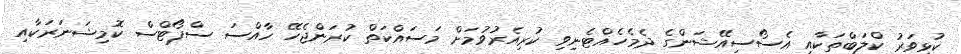
ކުޅިވަރު ކްލަބްތަކާއި އެސޯސިއޭޝަންގެ ދެމެހެއްޓެނިވި ކުރިއެރުވުމަށް މަސައްކަތް ކުރަންޖެހޭ ހާއްސަ ސްޕޯޓްސް ކޮމިޝަނަރަކާއި